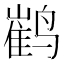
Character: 𮹙